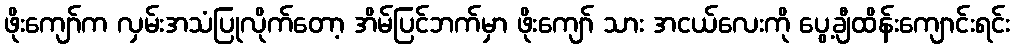
ဖိုးကျော်က လှမ်းအသံပြုလိုက်တော့ အိမ်ပြင်ဘက်မှာ ဖိုးကျော် သား အငယ်လေးကို ပွေ့ချီထိန်းကျောင်းရင်း